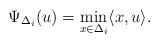
LaTeX: \begin{align*} \Psi_{\Delta_{i}} (u)= \min_{ x\in \Delta_{i}}\langle x, u\rangle\mbox{.} \end{align*}